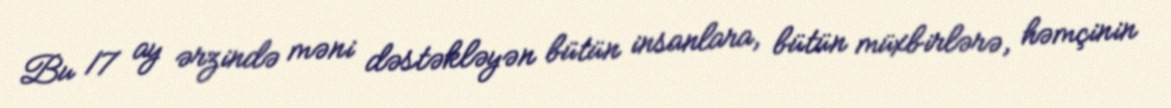
Bu 17 ay ərzində məni dəstəkləyən bütün insanlara, bütün müxbirlərə, həmçinin